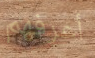
أعرفهم